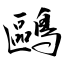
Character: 鷗